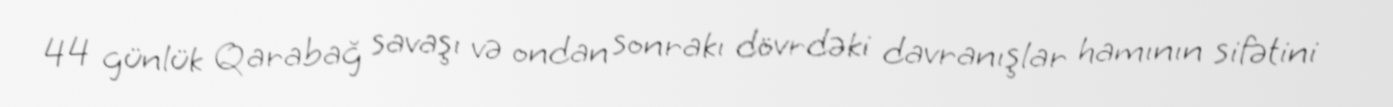
44 günlük Qarabağ savaşı və ondan sonrakı dövrdəki davranışlar hamının sifətini